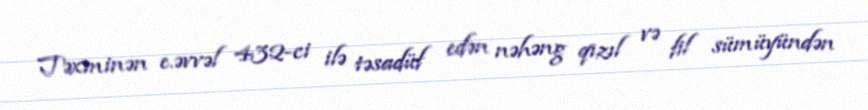
Təxminən e.əvvəl 432-ci ilə təsadüf edən nəhəng qızıl və fil sümüyündən